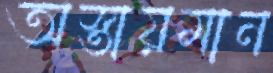
অস্তায়মান